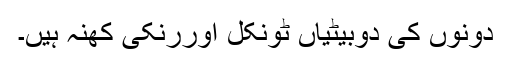
دونوں کی دوبیٹیاں ٹونکل اوررنکی کھنہ ہیں۔